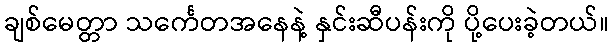
ချစ်မေတ္တာ သင်္ကေတအနေနဲ့ နှင်းဆီပန်းကို ပို့ပေးခဲ့တယ်။